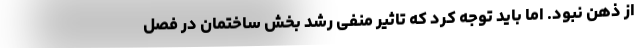
از ذهن نبود. اما باید توجه کرد که تاثیر منفی رشد بخش ساختمان در فصل